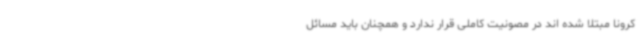
کرونا مبتلا شده اند در مصونیت کاملی قرار ندارد و همچنان باید مسائل